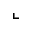
\llcorner